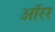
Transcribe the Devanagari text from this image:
ऑरर